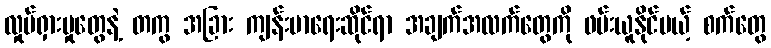
လှုပ်ရှားမှုတွေနဲ့ တကွ အခြား ကျန်းမာရေးဆိုင်ရာ အချက်အလက်တွေကို ဖမ်းယူနိုင်မယ့် စက်တွေ